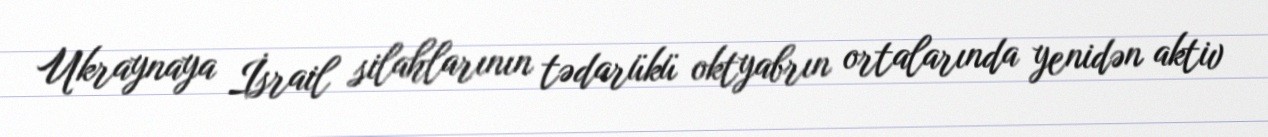
Ukraynaya İsrail silahlarının tədarükü oktyabrın ortalarında yenidən aktiv